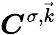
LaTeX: \boldsymbol{C}^{\sigma,\vec{k}}